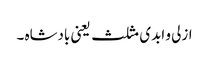
ازلی و ابدی مثلث یعنی بادشاہ ۔